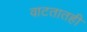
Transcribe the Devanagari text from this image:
वाटतातही